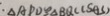
: \Delta A P D \cong \Delta B Q C ( S A S )